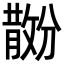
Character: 𪯗